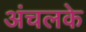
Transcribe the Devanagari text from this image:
अंचलके